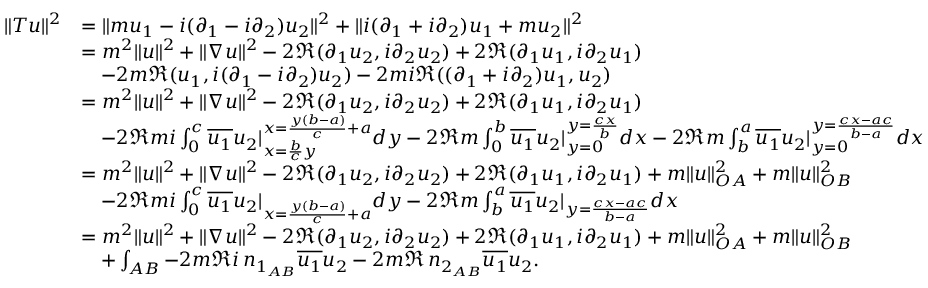
\begin{array} { r l } { \| T u \| ^ { 2 } } & { = \| m u _ { 1 } - i ( \partial _ { 1 } - i \partial _ { 2 } ) u _ { 2 } \| ^ { 2 } + \| i ( \partial _ { 1 } + i \partial _ { 2 } ) u _ { 1 } + m u _ { 2 } \| ^ { 2 } } \\ & { = m ^ { 2 } \| u \| ^ { 2 } + \| \nabla u \| ^ { 2 } - 2 \Re ( \partial _ { 1 } u _ { 2 } , i \partial _ { 2 } u _ { 2 } ) + 2 \Re ( \partial _ { 1 } u _ { 1 } , i \partial _ { 2 } u _ { 1 } ) } \\ & { \quad - 2 m \Re ( u _ { 1 } , i ( \partial _ { 1 } - i \partial _ { 2 } ) u _ { 2 } ) - 2 m i \Re ( ( \partial _ { 1 } + i \partial _ { 2 } ) u _ { 1 } , u _ { 2 } ) } \\ & { = m ^ { 2 } \| u \| ^ { 2 } + \| \nabla u \| ^ { 2 } - 2 \Re ( \partial _ { 1 } u _ { 2 } , i \partial _ { 2 } u _ { 2 } ) + 2 \Re ( \partial _ { 1 } u _ { 1 } , i \partial _ { 2 } u _ { 1 } ) } \\ & { \quad - 2 \Re m i \int _ { 0 } ^ { c } \overline { { u _ { 1 } } } u _ { 2 } | _ { x = \frac { b } { c } y } ^ { x = \frac { y ( b - a ) } { c } + a } d y - 2 \Re m \int _ { 0 } ^ { b } \overline { { u _ { 1 } } } u _ { 2 } | _ { y = 0 } ^ { y = \frac { c x } { b } } d x - 2 \Re m \int _ { b } ^ { a } \overline { { u _ { 1 } } } u _ { 2 } | _ { y = 0 } ^ { y = \frac { c x - a c } { b - a } } d x } \\ & { = m ^ { 2 } \| u \| ^ { 2 } + \| \nabla u \| ^ { 2 } - 2 \Re ( \partial _ { 1 } u _ { 2 } , i \partial _ { 2 } u _ { 2 } ) + 2 \Re ( \partial _ { 1 } u _ { 1 } , i \partial _ { 2 } u _ { 1 } ) + m \| u \| _ { O A } ^ { 2 } + m \| u \| _ { O B } ^ { 2 } } \\ & { \quad - 2 \Re m i \int _ { 0 } ^ { c } \overline { { u _ { 1 } } } u _ { 2 } | _ { x = \frac { y ( b - a ) } { c } + a } d y - 2 \Re m \int _ { b } ^ { a } \overline { { u _ { 1 } } } u _ { 2 } | _ { y = \frac { c x - a c } { b - a } } d x } \\ & { = m ^ { 2 } \| u \| ^ { 2 } + \| \nabla u \| ^ { 2 } - 2 \Re ( \partial _ { 1 } u _ { 2 } , i \partial _ { 2 } u _ { 2 } ) + 2 \Re ( \partial _ { 1 } u _ { 1 } , i \partial _ { 2 } u _ { 1 } ) + m \| u \| _ { O A } ^ { 2 } + m \| u \| _ { O B } ^ { 2 } } \\ & { \quad + \int _ { A B } - 2 m \Re i \, n _ { 1 _ { A B } } \overline { { u _ { 1 } } } u _ { 2 } - 2 m \Re \, n _ { 2 _ { A B } } \overline { { u _ { 1 } } } u _ { 2 } . } \end{array}